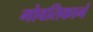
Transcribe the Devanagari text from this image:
गोवतिकानं